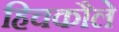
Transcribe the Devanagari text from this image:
हिचकौले